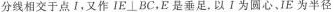
分线相交于点Ⅰ，又作IE\bot BC，E是垂足，以Ⅰ为圆心、IE为半径